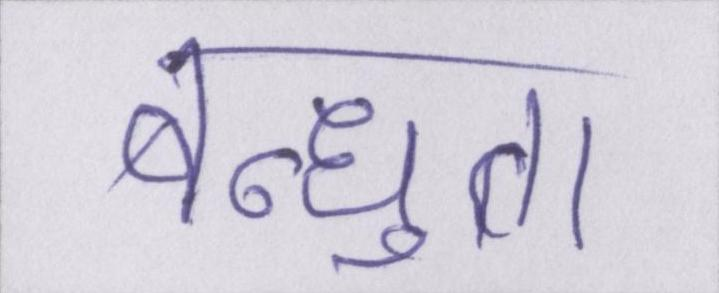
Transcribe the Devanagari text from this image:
बन्धुता